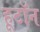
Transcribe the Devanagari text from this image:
हूटॉन